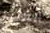
الكثير